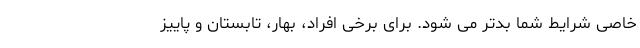
خاصی شرایط شما بدتر می شود. برای برخی افراد، بهار، تابستان و پاییز